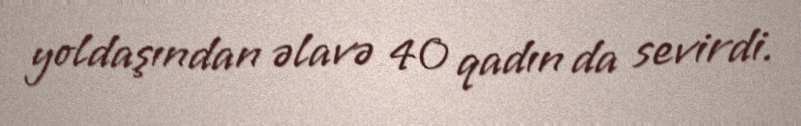
yoldaşından əlavə 40 qadın da sevirdi.